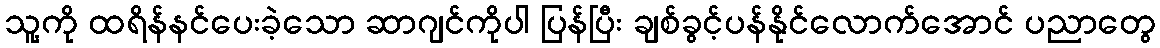
သူ့ကို ထရိန်နင်ပေးခဲ့သော ဆာဂျင်ကိုပါ ပြန်ပြီး ချစ်ခွင့်ပန်နိုင်လောက်အောင် ပညာတွေ